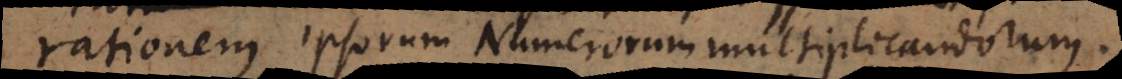
rationem ipsorum Numerorum multiplicandorum